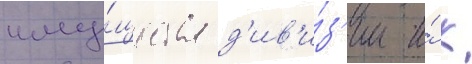
иму́щества д'ив'и́з'ии и́ к